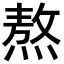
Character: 熬